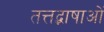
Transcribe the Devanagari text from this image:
तत्तद्भाषाओं